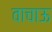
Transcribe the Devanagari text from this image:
वाचाऊ